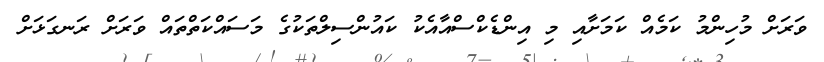
ވަރަށް މުހިންމު ކަމެއް ކަމަށާއި މި އިންޑެކްސްއާއެކު ކައުންސިލްތަކުގެ މަސައްކަތްތައް ވަރަށް ރަނގަޅަށް